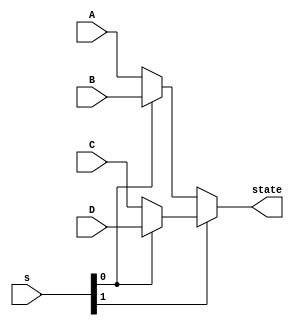
`timescale 1ns / 1ps
//////////////////////////////////////////////////////////////////////////////////
// Company: 
// Engineer: 
// 
// Design Name: 
// Module Name:    MUX4t1_4 
// Project Name: 
// Target Devices: 
// Tool versions: 
// Description: 
//
// Dependencies: 
//
// Revision: 
// Revision 0.01 - File Created
// Additional Comments: 
//
//////////////////////////////////////////////////////////////////////////////////
module MUX4t1_4(
input [3:0]A,
input [3:0]B,
input [3:0]C,
input [3:0]D,
input [1:0]s,
output [3:0]state
    );

wire [3:0]s0;
wire [3:0]s1;
assign s0=(s[0]==0)?A:B;
assign s1=(s[0]==0)?C:D;
assign state=(s[1]==0)?s0:s1;

endmodule